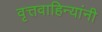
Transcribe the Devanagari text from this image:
वृत्तवाहिन्यांनी